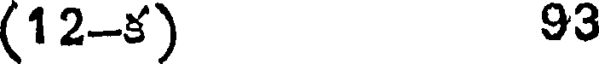
(12-క) 93